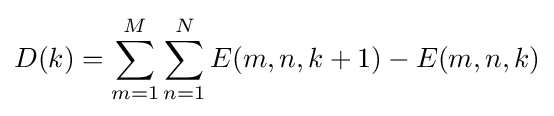
D(k)=\sum _{m=1}^{M}\sum _{n=1}^{N}{E(m,n,k+1)-E(m,n,k)}\,\!